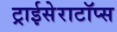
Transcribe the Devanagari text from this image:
ट्राईसेराटॉप्स